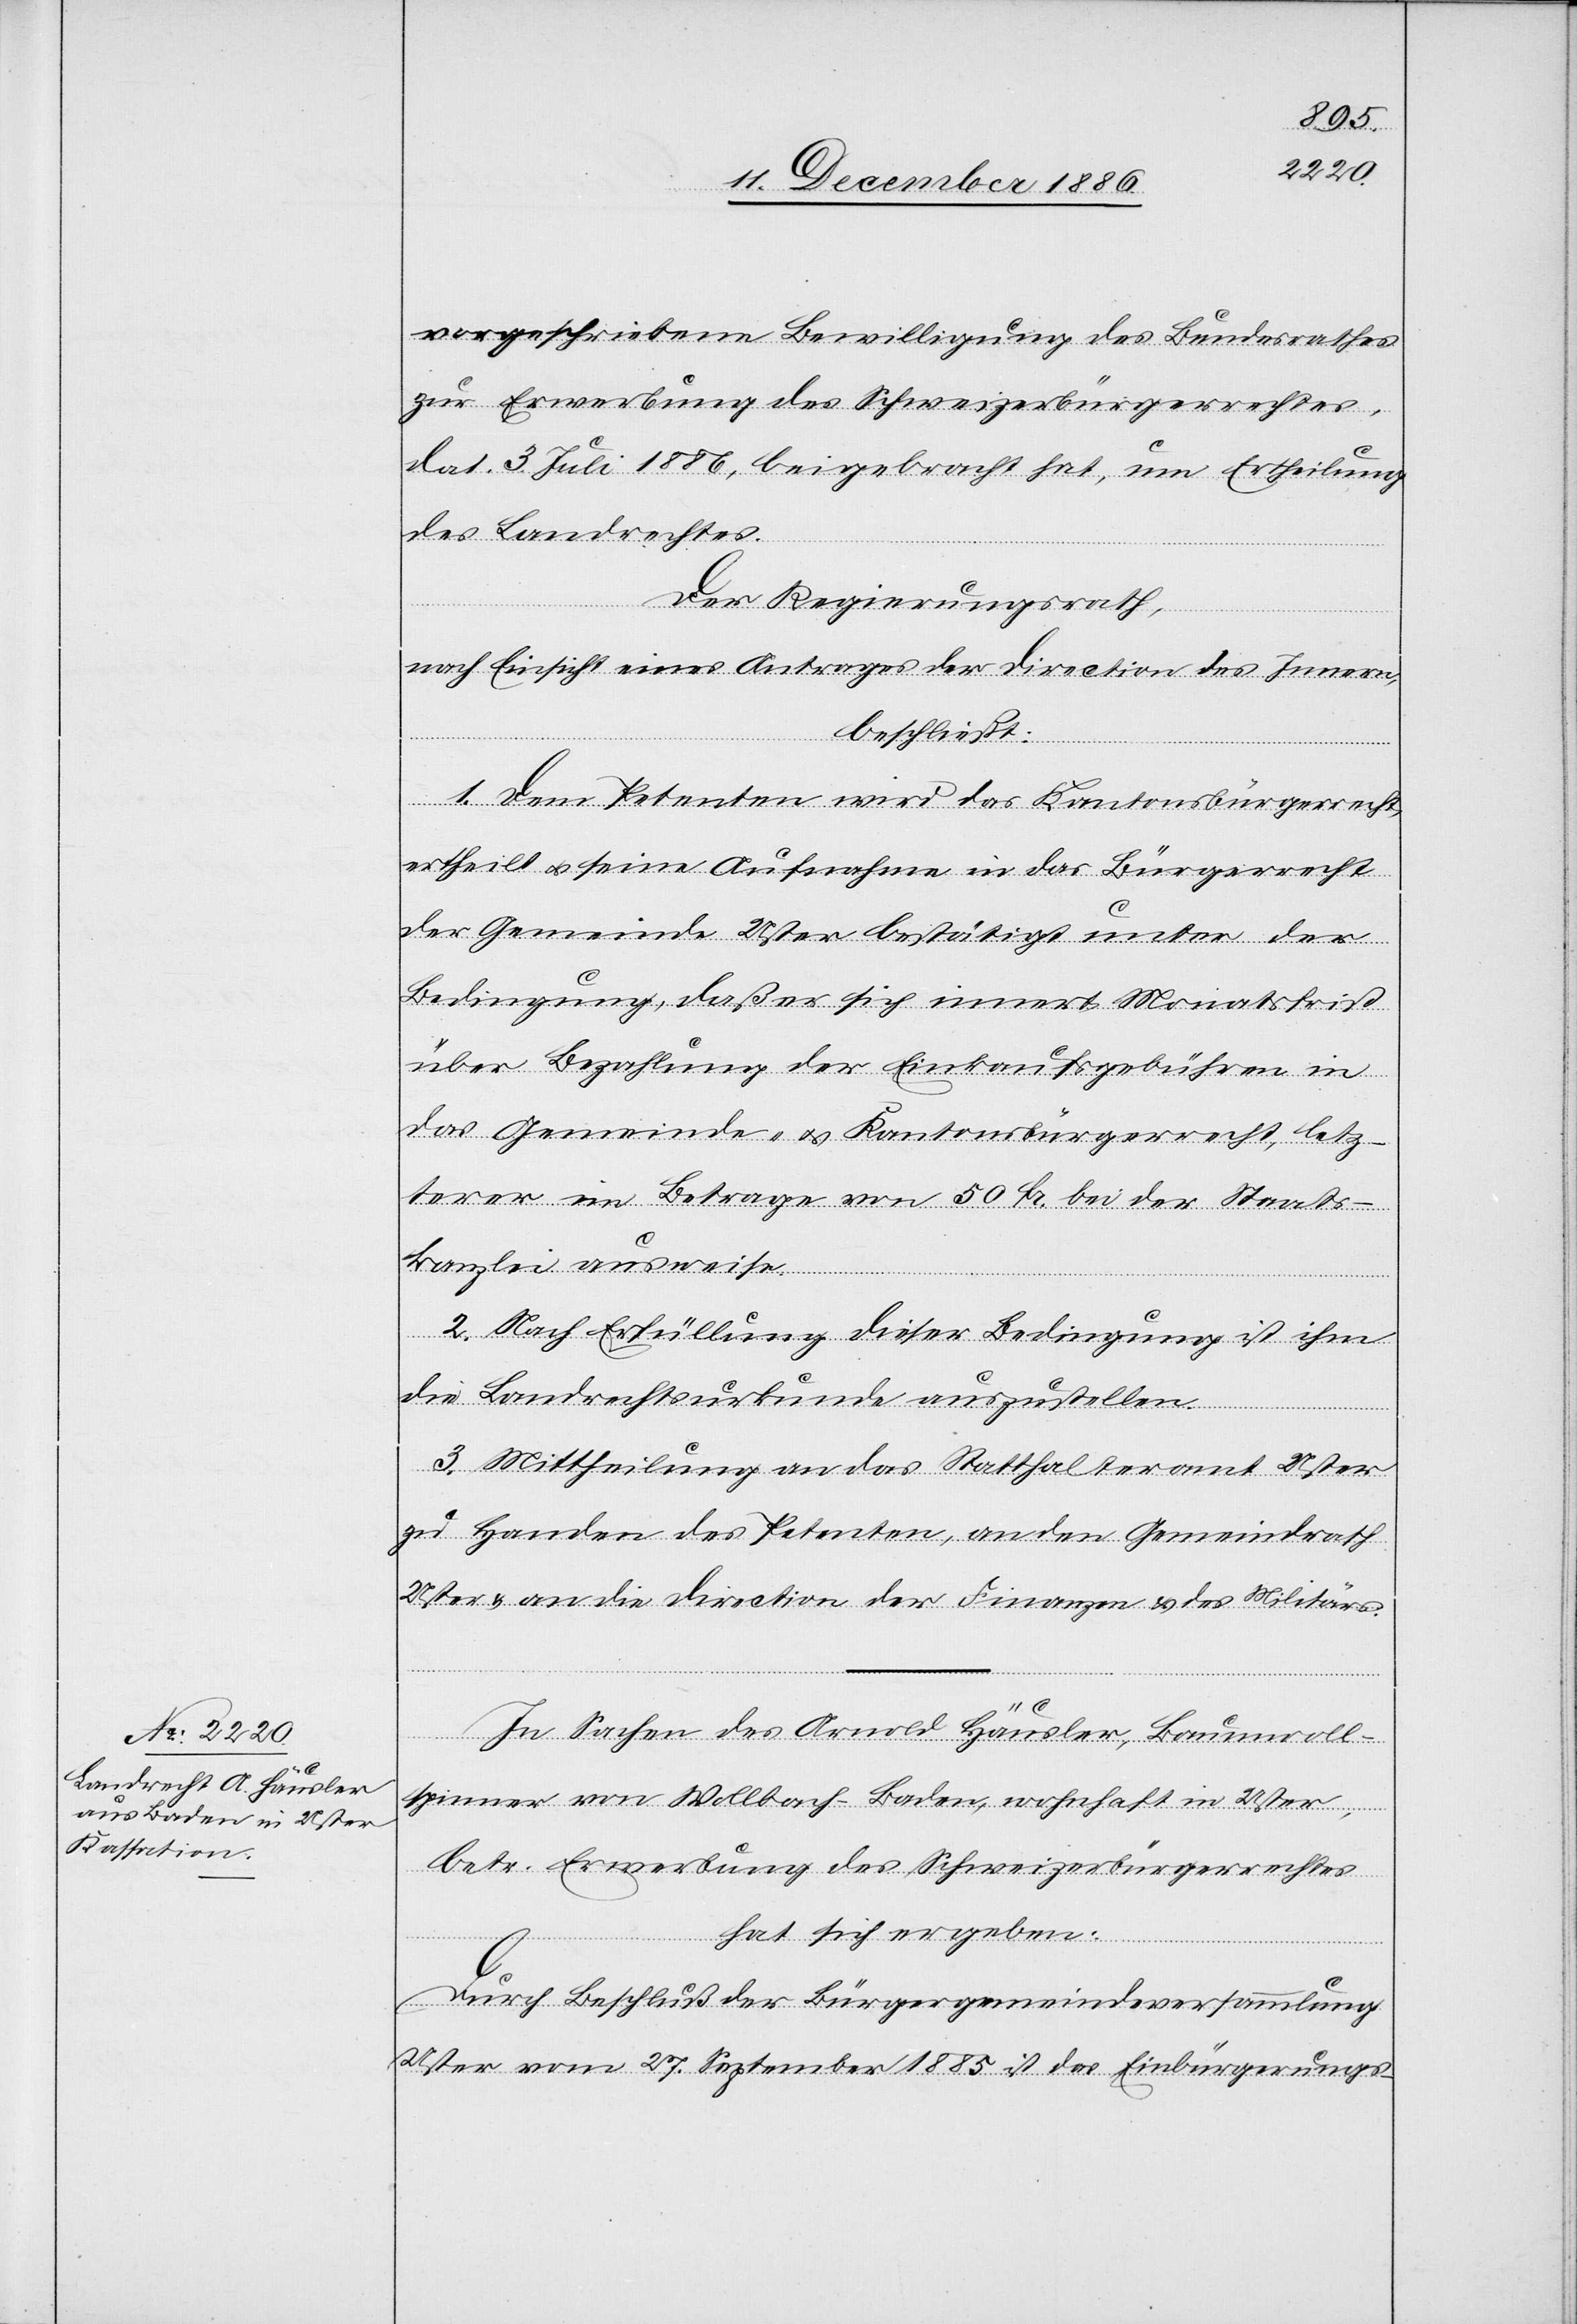
vorgeschriebene Bewilligung des Bundesrathes
zur Erwerbung des Schweizerbürgerrechtes,
dat. 3. Juli 1886, beigebracht hat, um Ertheilung
des Landrechtes.
Der Regierungsrath,
nach Einsicht eines Antrages der Direction des Innern,
beschließt:
1. Dem Petenten wird das Kantonsbürgerrecht
ertheilt & seine Aufnahme in das Bürgerrecht
der Gemeinde Uster bestätigt unter der
Bedingung, daß er sich innert Monatsfrist
über Bezahlung der Einkaufsgebühren in
das Gemeinde- & Kantonsbürgerrecht, letz¬
terer im Betrage von 50 Fr. bei der Staats¬
kanzlei ausweise.
2. Nach Erfüllung dieser Bedingung ist ihm
die Landrechtsurkunde auszustellen.
3. Mittheilung an das Statthalteramt Uster
zu Handen des Petenten, an den Gemeindrath
Uster & an die Direction[en] der Finanzen & des Militärs.
In Sachen des Arnold Häusler, Baumwoll¬
spinner von Wollbach - Baden, wohnhaft in Uster,
betr. Erwerbung des Schweizerbürgerrechtes
hat sich ergeben:
Durch Beschluß der Bürgergemeindeversammlung
Uster vom 27. September 1885 ist das Einbürgerungs-